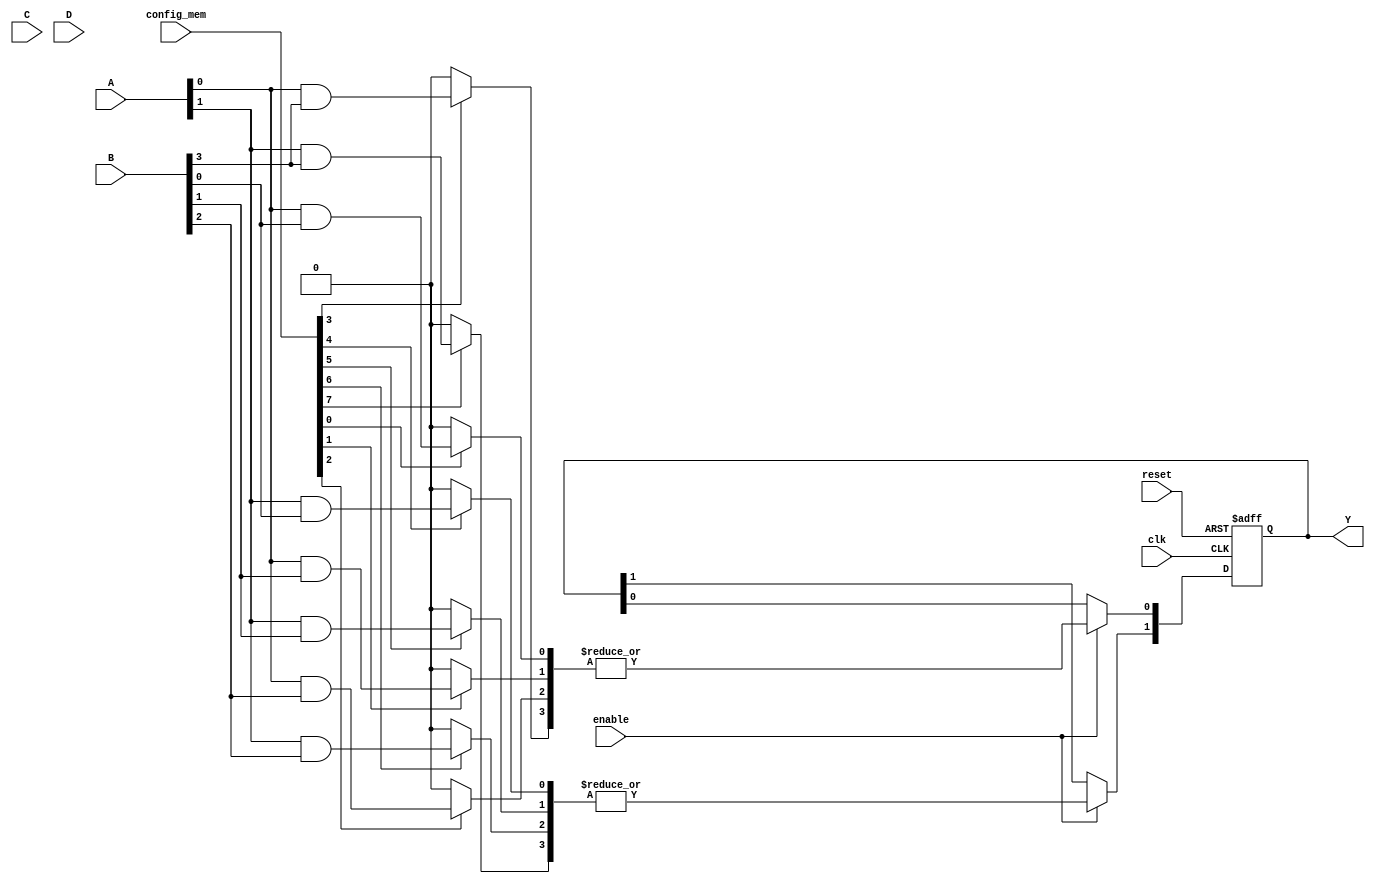
module clb (
    input wire clk,         // Global clock signal
    input wire reset,       // Global reset signal
    input wire enable,      // Enable signal for controlling operations
    input wire [3:0] A,     // Input signals A, B, C, D
    input wire [3:0] B,
    input wire [3:0] C,
    input wire [3:0] D,
    input wire [15:0] config_mem, // Configuration memory for AND/OR arrays
    output reg [1:0] Y      // Output signals Y1, Y2
);

// Internal signals for product terms
wire [15:0] product_terms;

// Generate product terms based on configuration memory
generate
    genvar i, j;
    for (i = 0; i < 4; i = i + 1) begin : and_array
        for (j = 0; j < 4; j = j + 1) begin : and_terms
            assign product_terms[(i * 4) + j] = (config_mem[(i * 4) + j]) ? (A[i] & B[j]) : 1'b0;
        end
    end
endgenerate

// Output logic based on product terms
always @(posedge clk or posedge reset) begin
    if (reset) begin
        Y <= 2'b00; // Reset output
    end else if (enable) begin
        // OR operation on product terms
        Y[0] <= |product_terms[0:3]; // Y1 logic (OR of first 4 product terms)
        Y[1] <= |product_terms[4:7]; // Y2 logic (OR of next 4 product terms)
    end
end

endmodule